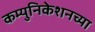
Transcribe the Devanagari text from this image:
कम्युनिकेशनच्या